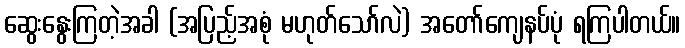
ဆွေးနွေးကြတဲ့အခါ (အပြည့်အစုံ မဟုတ်သော်လဲ) အတော်ကျေနပ်ပုံ ရကြပါတယ်။